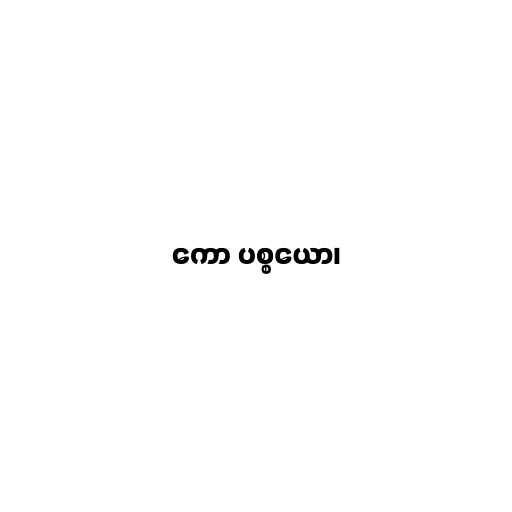
ကော ပစ္စယော၊